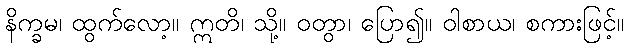
နိက္ခမ၊ ထွက်လော့။ ဣတိ၊ သို့။ ဝတွာ၊ ပြော၍။ ဝါစာယ၊ စကားဖြင့်။